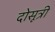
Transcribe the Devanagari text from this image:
दोसूत्री